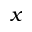
x